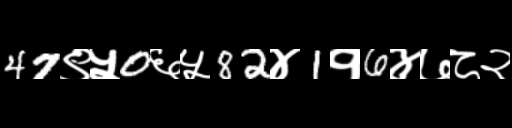
Text: 47९५0६५82४1१6४७८२